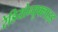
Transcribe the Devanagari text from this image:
रेडियोन्युक्लाइड